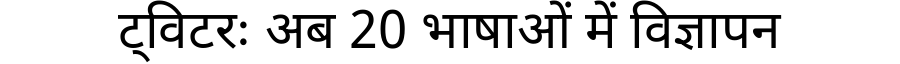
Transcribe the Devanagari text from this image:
ट्विटरः अब 20 भाषाओं में विज्ञापन